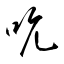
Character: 吭